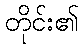
တိုင်း၏